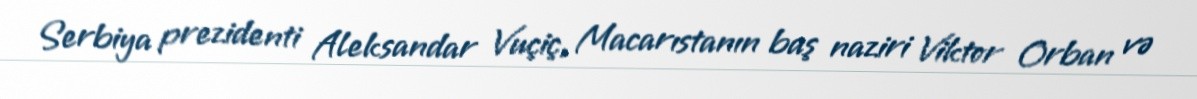
Serbiya prezidenti Aleksandar Vuçiç, Macarıstanın baş naziri Viktor Orban və